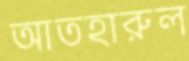
আতহারুল